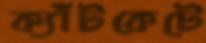
ক্যাঁটকেটে